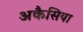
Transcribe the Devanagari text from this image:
अकैसिया